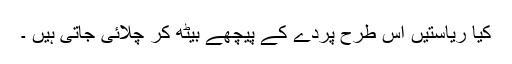
کیا ریاستیں اس طرح پردے کے پیچھے بیٹھ کر چلائی جاتی ہیں ۔